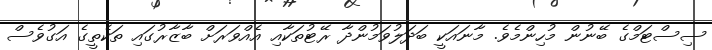
ސިސްޓަމްގެ ބޭނުން މުހިންމެވެ. މާނައަކީ ބަދަލުވަމުންދާ ރޭޓުތަކާއި އެއްވަރަށް ބާޒާރުގައި ތަކެތީގެ އަގުވެސް